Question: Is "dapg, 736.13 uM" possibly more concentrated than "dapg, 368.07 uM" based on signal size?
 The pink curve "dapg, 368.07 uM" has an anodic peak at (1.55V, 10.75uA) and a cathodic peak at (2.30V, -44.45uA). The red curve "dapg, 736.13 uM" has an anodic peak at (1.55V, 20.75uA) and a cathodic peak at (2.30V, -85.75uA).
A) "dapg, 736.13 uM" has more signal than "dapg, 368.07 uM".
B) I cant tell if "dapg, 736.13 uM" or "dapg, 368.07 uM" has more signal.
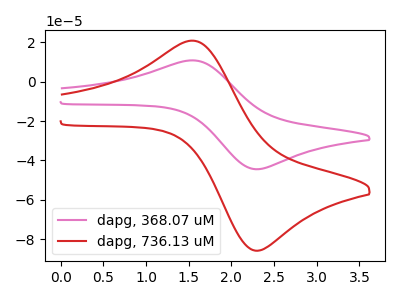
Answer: <think>All the peaks in "dapg, 736.13 uM" have a peak in "dapg, 368.07 uM" at the same potential. Every peak in "dapg, 736.13 uM" is higher than every peak in "dapg, 368.07 uM".
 </think>
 <answer>A) "dapg, 736.13 uM" has more signal than "dapg, 368.07 uM".</answer>
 <eval>A</eval>